Reports on military cantonments and civil stations in the Presidency of Bombay inspected by the Sanitary Commissioner in the years 1875 and 1876
Year: 1875
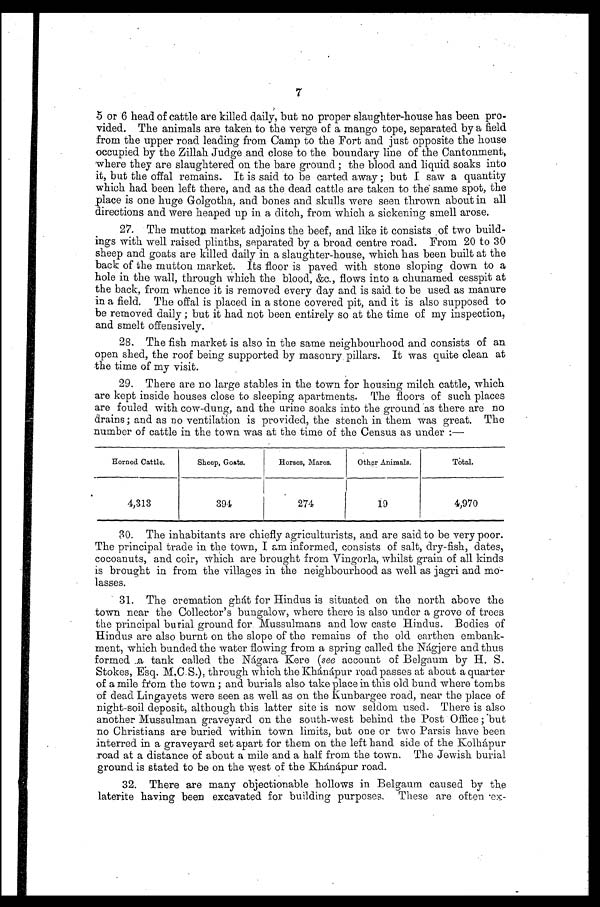
7
5 or 6 head of cattle are killed daily, but no proper slaughter-house has been pro
-vided. The animals are taken to the verge of a mango tope, separated by a field
from the upper road leading from Camp to the Fort and just opposite the house
occupied by the Zillah Judge and close to the boundary line of the Cantonment,
where they are slaughtered on the bare ground; the blood and liquid soaks into
it, but the offal remains. It is said to be carted away; but I saw a quantity
which had been left there, and as the dead cattle are taken to the same spot, the
place is one huge Golgotha, and bones and skulls were seen thrown about in all
directions and were heaped up in a ditch, from which a sickening smell arose.
27. The mutton market adjoins the beef, and like it consists of two build
- i n g s w i t h w e l l r a i s e d p l i n t h s , s e p a r a t e d b y a b r o a d c e n t r e r o a d . F r o m 2 0 t o 3 0
sheep and goats are killed daily in a slaughter-house, which has been built at the
back of the mutton market. Its floor is paved with stone sloping down to a
hole in the wall, through which the blood, &c., flows into a chunamed cesspit at
the back, from whence it is removed every day and is said to be used as manure
in a field. The offal is placed in a stone covered pit, and it is also supposed to
be removed daily; but it had not been entirely so at the time of my inspection,
and smelt offensively.
28. The fish market is also in the same neighbourhood and consists of an
open shed, the roof being supported by masonry. pillars. It was quite clean at
the time of my visit.
29. There are no large stables in the town for housing milch cattle, which
are kept inside houses close to sleeping apartments. The floors of such places
are fouled with cow-dung, and the urine soaks into the ground as there are no
drains; and as no ventilation is provided, the stench in them was great. The
number of cattle in the town was at the time of the Census as under:—
Horned Cattle.
Sheep, Goats.
Horses, Mares.
Other Animals.
Total.
4,313
394
274
19
4,970
30. The inhabitants are chiefly agriculturists, and are said to be very poor.
The principal trade in the town, I am informed, consists of salt, dry-fish, dates,
cocoanuts, and coir, which are brought from Vingorla, whilst grain of all kinds
is brought in from the villages in the neighbourhood as well as jagri and m
o - l a s s e s .
31. The cremation ghát for Hindus is situated on the north above the
town near the Collector's bungalow, where there is also under a grove of trees
the principal burial ground for Mussulmans and low caste Hindus. Bodies of
Hindus are also burnt on the slope of the remains of the old earthen embank
- m e n t , w h i c h b u n d e d t h e w a t e r f l o w i n g f r o m a s p r i n g c a l l e d t h e N á g j e r e a n d t h u s
formed a tank called the Nágara Kere (see account of Belgaum by H. S.
Stokes, Esq. M.C.S.), through which the Khánápur road passes at about a quarter
of a mile from the town; and burials also take place in this old bund where tombs
of dead Lingayets were seen as well as on the Kunbargee road, near the place of
night-soil deposit, although this latter site is now seldom used. There is also
another Mussulman graveyard on the south-west behind the Post Office; "but
no Christians are buried within town limits, but one or two Parsis have been
interred in a graveyard set apart for them on the left hand side of the Kolhápur
road at a distance of about a mile and a half from the town. The Jewish burial
ground is stated to be on the west of the Khánápur road.
32. There are many objectionable hollows in Belgaum caused by the
laterite having been excavated for building purposes. These are often ex
-